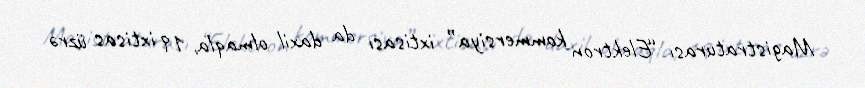
Magistraturası “Elektron kommersiya” ixtisası da daxil olmaqla, 19 ixtisas üzrə